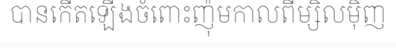
បានកើតឡើងចំពោះញ៉ុមកាលពីម្សិលម៉ិញ